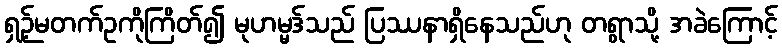
ရှဉ့်မတက်ဥကိုကြိတ်၍ မုဟမ္မဒ်သည် ပြဿနာရှိနေသည်ဟု တရွာသို့ အခဲကြောင့်